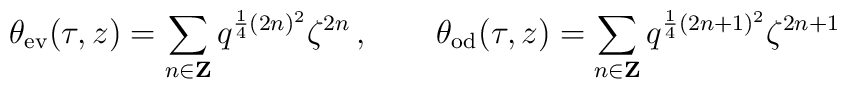
\theta_{\rm ev}(\tau,z)=\sum_{n\in {\bf Z}}q^{\frac{1}{4}(2 n)^2} \zeta^{2 n}\,,\qquad\theta_{\rm od}(\tau,z)=\sum_{n\in {\bf Z}}q^{\frac{1}{4}(2 n+1)^2} \zeta^{2 n+1}